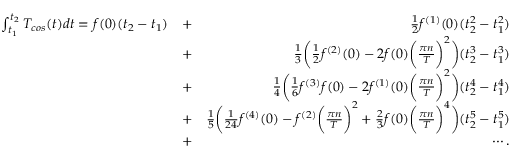
\begin{array} { r l r } { \int _ { t _ { 1 } } ^ { t _ { 2 } } T _ { c o s } ( t ) d t = f ( 0 ) ( t _ { 2 } - t _ { 1 } ) } & { + } & { \frac { 1 } { 2 } f ^ { ( 1 ) } ( 0 ) ( t _ { 2 } ^ { 2 } - t _ { 1 } ^ { 2 } ) } \\ & { + } & { \frac { 1 } { 3 } \bigg ( \frac { 1 } { 2 } f ^ { ( 2 ) } ( 0 ) - 2 f ( 0 ) \bigg ( \frac { \pi n } { T } \bigg ) ^ { 2 } \bigg ) ( t _ { 2 } ^ { 3 } - t _ { 1 } ^ { 3 } ) } \\ & { + } & { \frac { 1 } { 4 } \bigg ( \frac { 1 } { 6 } f ^ { ( 3 ) } f ( 0 ) - 2 f ^ { ( 1 ) } ( 0 ) \bigg ( \frac { \pi n } { T } \bigg ) ^ { 2 } \bigg ) ( t _ { 2 } ^ { 4 } - t _ { 1 } ^ { 4 } ) } \\ & { + } & { \frac { 1 } { 5 } \bigg ( \frac { 1 } { 2 4 } f ^ { ( 4 ) } ( 0 ) - f ^ { ( 2 ) } \bigg ( \frac { \pi n } { T } \bigg ) ^ { 2 } + \frac { 2 } { 3 } f ( 0 ) \bigg ( \frac { \pi n } { T } \bigg ) ^ { 4 } \bigg ) ( t _ { 2 } ^ { 5 } - t _ { 1 } ^ { 5 } ) } \\ & { + } & { \cdots . } \end{array}